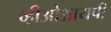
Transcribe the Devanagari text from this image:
व्हीओआयपी